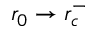
r _ { 0 } \rightarrow r _ { c } ^ { - }